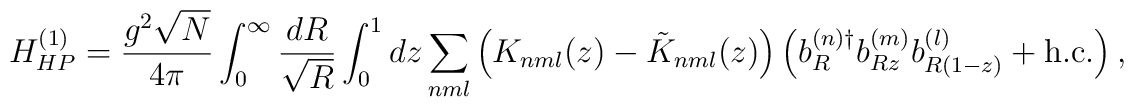
H_{HP}^{(1)}=\frac{g^2\sqrt{N}}{4\pi}\int_0^{\infty}\frac{dR}{\sqrt{R}}\int_0^1 dz \sum_{nml}\left( K_{nml}(z)-\tilde{K}_{nml}(z)   \right)\left( b_R^{(n)\dagger}b_{Rz}^{(m)}b_{R(1-z)}^{(l)} + {\rm h.c.} \right),